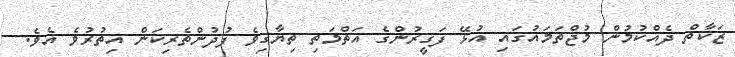
ޒަކާތް ދެއްކުމުން މުޖްތަމައުގައި އުޅޭ ފަގީރުންގެ އަތްމަތި ތިޔާގިވެ ފުދުންތެރިކަން އިތުރުވެ އެވެ.